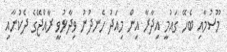
މޫސުމާއި ބެހޭ ގައުމީ އިދާރާ އިން މިއަދު ހެނދުނު ވިދާޅުވީ ރާއްޖޭގެ ދެކުނާއި